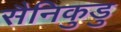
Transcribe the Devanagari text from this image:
सैनिकुडु